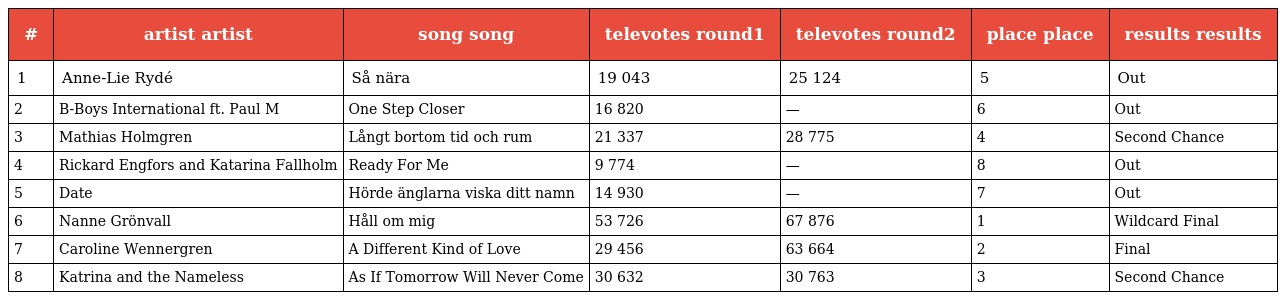
| # | artist artist | song song | televotes round1 | televotes round2 | place place | results results |
 | --- | --- | --- | --- | --- | --- | --- |
 | 1 | Anne-Lie Rydé | Så nära | 19 043 | 25 124 | 5 | Out |
 | 2 | B-Boys International ft. Paul M | One Step Closer | 16 820 | — | 6 | Out |
 | 3 | Mathias Holmgren | Långt bortom tid och rum | 21 337 | 28 775 | 4 | Second Chance |
 | 4 | Rickard Engfors and Katarina Fallholm | Ready For Me | 9 774 | — | 8 | Out |
 | 5 | Date | Hörde änglarna viska ditt namn | 14 930 | — | 7 | Out |
 | 6 | Nanne Grönvall | Håll om mig | 53 726 | 67 876 | 1 | Wildcard Final |
 | 7 | Caroline Wennergren | A Different Kind of Love | 29 456 | 63 664 | 2 | Final |
 | 8 | Katrina and the Nameless | As If Tomorrow Will Never Come | 30 632 | 30 763 | 3 | Second Chance |